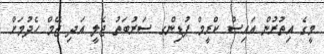
މީގެ އިތުރުން އައިސް ކްރީމް ޕުޑިންގ ސަރުބަތު ޖެލީ އަދި ޖޭމް ހެދުމަށް